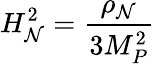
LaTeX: H_{\mathcal{N}}^{2}={\frac{{\rho_{\mathcal{N}}}}{{3M_{P}^{2}}}}